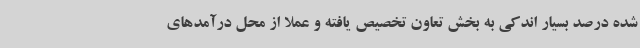
شده درصد بسیار اندکی به بخش تعاون تخصیص یافته و عملا از محل درآمدهای